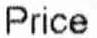
PRICE